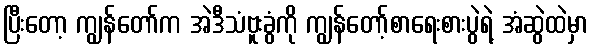
ပြီးတော့ ကျွန်တော်က အဲဒီသံဗူးခွံကို ကျွန်တော့်စာရေးစားပွဲရဲ့ အံဆွဲထဲမှာ